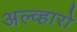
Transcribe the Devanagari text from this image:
अल्व्हारो